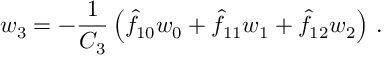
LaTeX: w _ { 3 } = - { \frac { 1 } { C _ { 3 } } } \left( \hat { f } _ { 1 0 } w _ { 0 } + \hat { f } _ { 1 1 } w _ { 1 } + \hat { f } _ { 1 2 } w _ { 2 } \right) \, .